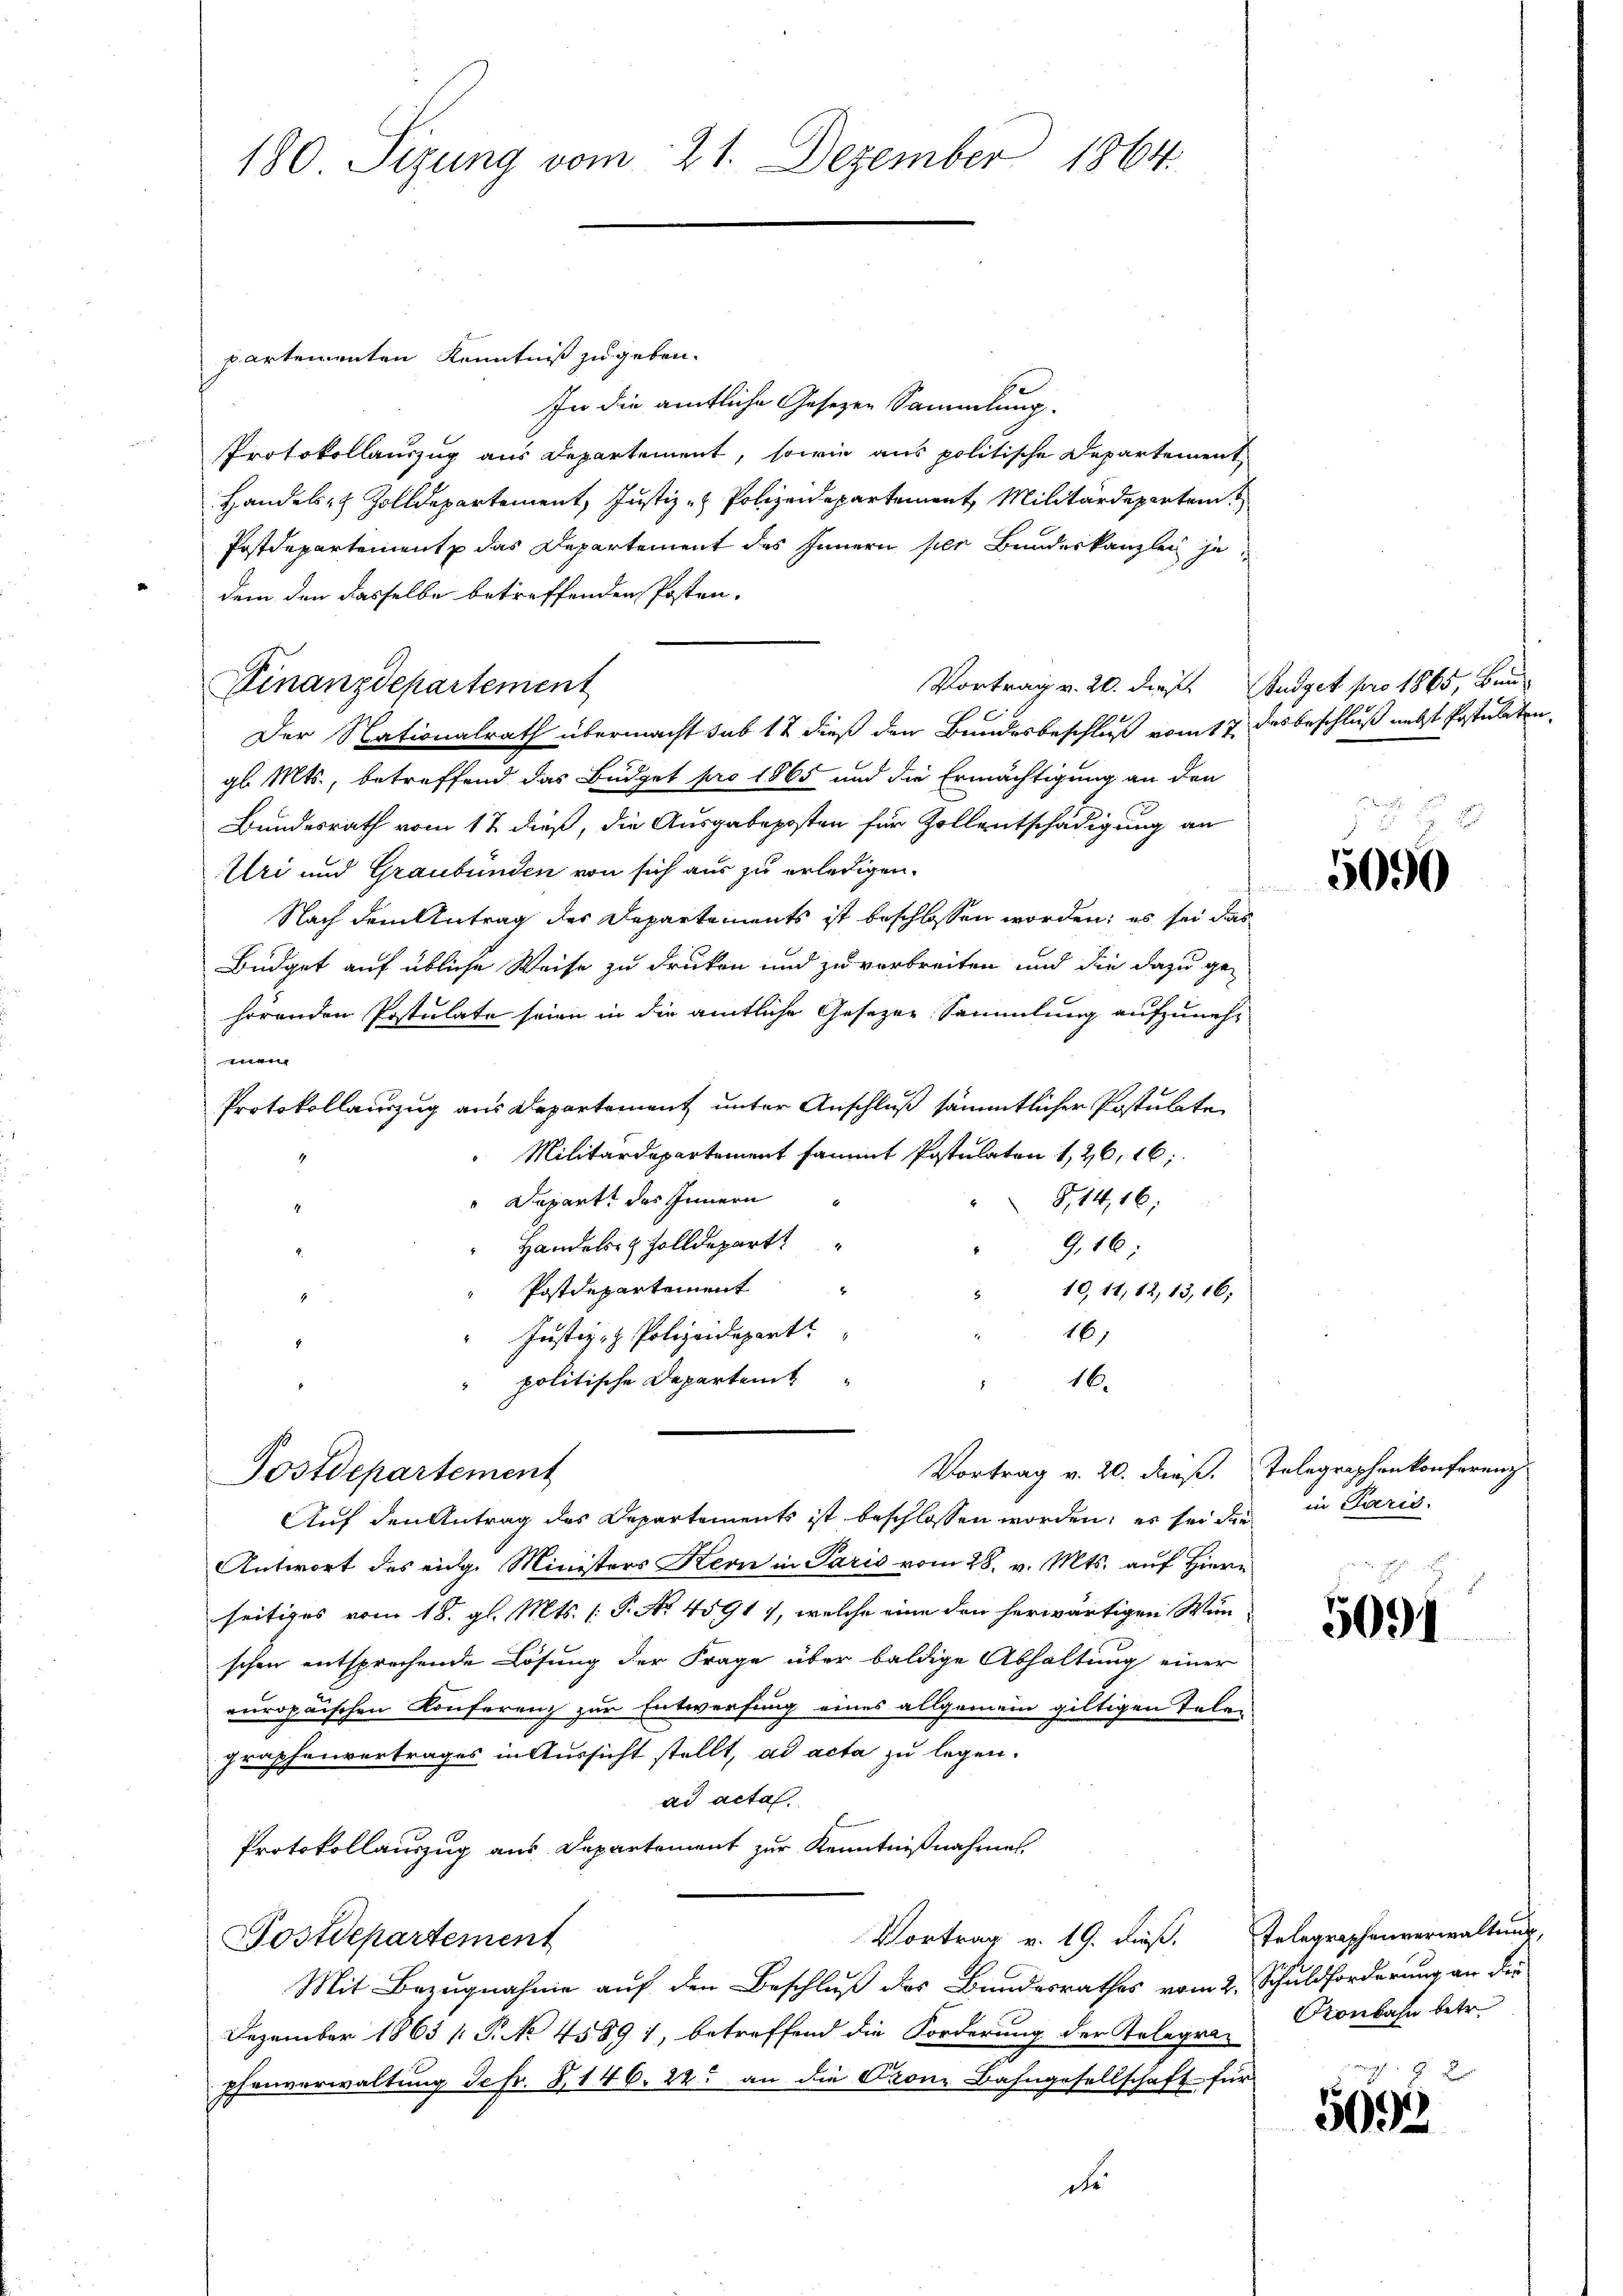
180 Sizung vom 21. Dezember 1864.

partementen Kenntniß zu geben.
In die amtliche Gesetzen Sammlung.
PProtokollauszug aus Departement, sowie aus politische Departement,
Handels- & Zolldepartement, Justiz - Polizeidepartement Militärdepartem
Postdepartement das Departement des Innern hier Bundeskanzlei je
dem den dasselbe betreffenden Posten¬
Vortrag v. 20. dies Budget pro 1865, Ban
Finanzdepartement
Der Nationalrath übermacht sub 12 dieß den Bundesbeschluß vom 17. desbeschluß nebst Postulaten
gl. Mts., betreffend das Budget pro 1865 und die Ermächtigung an den
Bundesrath vom 17 dieß, die Ausgabeposten für Zollentschädigung an
Uri und Graubünden von sich aus zu erledigen.
s
Nach dem Antrag der Departements ist beschlossen worden; es sei das
Büdget auf übliche Weise zu druken und zu verbreiten und die dazu ge-
hörenden Postulate seien in die amtliche Gesezer Sammlung aufzunehen
Protokollauszug aus Departement unter Anschluß sämmtlicher Postulate
Militärdepartement sammt Postulaten 1,26,16;
Departe des Innern
814, 16:
Handels- & Zolldepart
9,16;
Postdepartement
10, 11, 12, 13,16;
16)
Justiz- & Polizeidepart
politische Departeit
16.
Vortrag v. 20. dieß. Telegraphenkonferenz
Postdepartement
Auf den Antrag des Departements ist beschlossen worden; es sei der in Paris
Antwort des eidg. Ministers Kern in Paris vom 28. v. Mts. auf Hiern
seitiges vom 18. gl. Mts. (T. No 45917, welche eine den herwärtigen Wun
schen entsprechende Lösung der Frage über baldige Abhaltung einer
europaischen Konferenz zur Entwerfung eines allgemein giltigen Telen
graphenvertrages in Aussicht stellt, ad acta zu legen.
ad acta.
Protokollauszug aus Departement zur Kenntnißnahmet.
Vortrag v. 19. dieß. Telegraphenverwaltung,
Fostdepartement
Mit Bezugnahme auf den Beschluß des Bundesrathes vom 2. Schuldforderung an die
Dezember 1863 [ P. No 45891, betreffend die Forderung der Telegrapfenverwaltung Sefr. 8146. 22. an die Crone Bahngesellschaft für

5090

5091

Konbahn betr.
F

5095